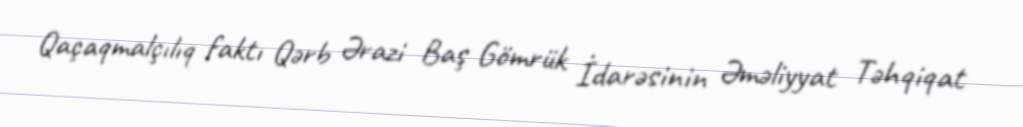
Qaçaqmalçılıq faktı Qərb Ərazi Baş Gömrük İdarəsinin Əməliyyat Təhqiqat